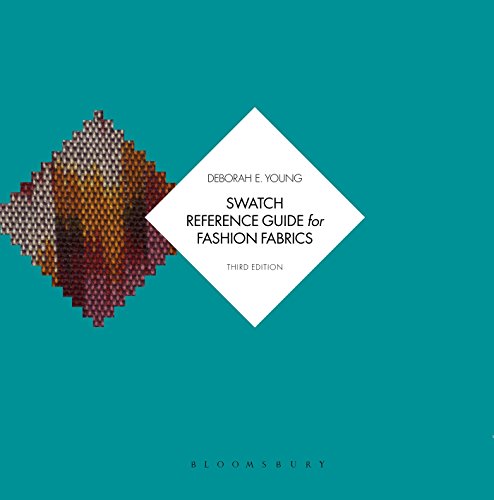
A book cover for Swatch Reference Guide for Fashion Fabrics; Deborah Young; Engineering & Transportation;